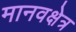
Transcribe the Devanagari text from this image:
मानवक्षेत्र